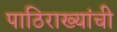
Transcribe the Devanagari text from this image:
पाठिराख्यांची